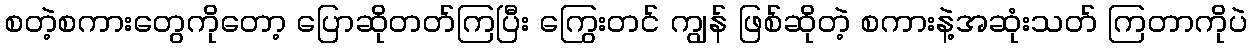
စတဲ့စကားတွေကိုတော့ ပြောဆိုတတ်ကြပြီး ကြွေးတင် ကျွန် ဖြစ်ဆိုတဲ့ စကားနဲ့အဆုံးသတ် ကြတာကိုပဲ